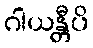
ဂါယန္တီပိ